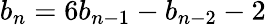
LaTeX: b_{n}=6b_{n-1}-b_{n-2}-2